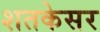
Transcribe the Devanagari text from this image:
शतकेसर